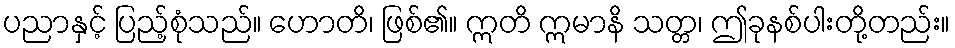
ပညာနှင့် ပြည့်စုံသည်။ ဟောတိ၊ ဖြစ်၏။ ဣတိ ဣမာနိ သတ္တ၊ ဤခုနစ်ပါးတို့တည်း။